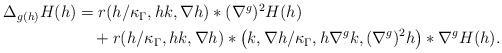
LaTeX: \begin{align*}\begin{aligned}\Delta_{g(h)}H(h)&=r(h/\kappa_\Gamma,hk,\nabla h)*(\nabla^g)^2 H(h) \\&\quad+ r(h/\kappa_\Gamma,hk,\nabla h)*\big(k,\nabla h/\kappa_\Gamma,h\nabla^g k,(\nabla^g)^2 h\big)*\nabla^gH(h).\end{aligned}\end{align*}